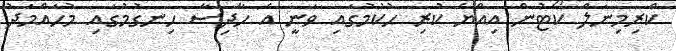
ކްރިމިނަލް ކޯޓުން އިއްޔެ ކުރި ހުކުމުގައި ވަނީ އެ ހާދިސާ ހިނގުމުގައި މުހައްމަދު